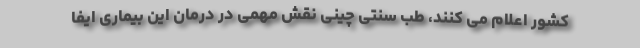
کشور اعلام می کنند، طب سنتی چینی نقش مهمی در درمان این بیماری ایفا